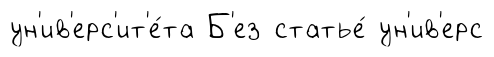
ун'ив'ерс'ит'е́та Б'ез статье́ ун'ив'ерс